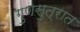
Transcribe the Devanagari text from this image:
गुणसुत्रात